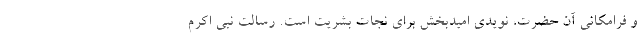
و فرامکانی آن حضرت، نویدی امیدبخش برای نجات بشریت است. رسالت نبی اکرم